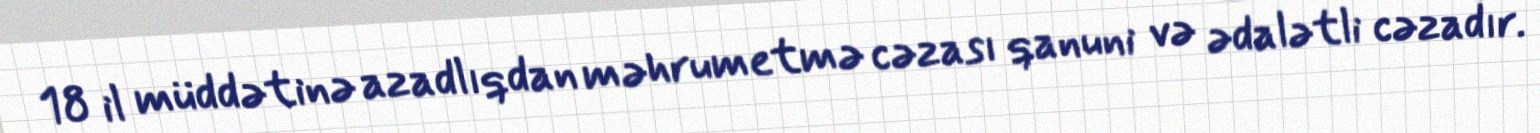
18 il müddətinə azadlıqdan məhrumetmə cəzası qanuni və ədalətli cəzadır.